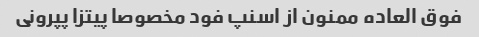
فوق العاده ممنون از اسنپ فود مخصوصا پیتزا پپرونی